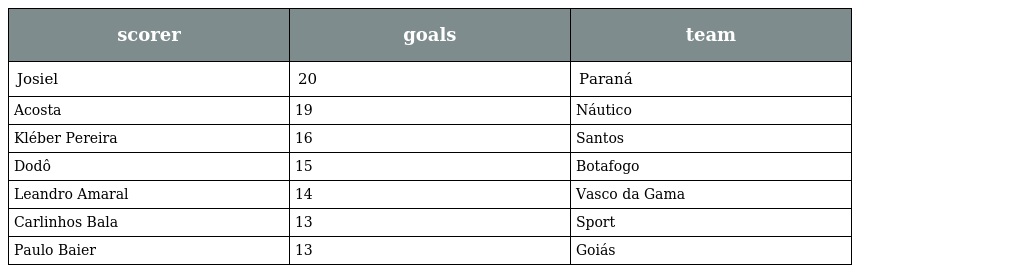
| scorer | goals | team |
 | --- | --- | --- |
 | Josiel | 20 | Paraná |
 | Acosta | 19 | Náutico |
 | Kléber Pereira | 16 | Santos |
 | Dodô | 15 | Botafogo |
 | Leandro Amaral | 14 | Vasco da Gama |
 | Carlinhos Bala | 13 | Sport |
 | Paulo Baier | 13 | Goiás |